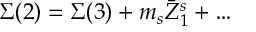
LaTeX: \Sigma ( 2 ) = \Sigma ( 3 ) + m _ { s } \bar { Z } _ { 1 } ^ { s } + \ldots